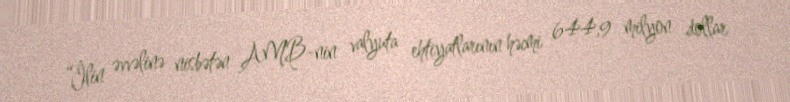
“İlin əvvəlinə nisbətən AMB-nin valyuta ehtiyatlarının həcmi 644,9 milyon dollar